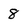
Character: 8